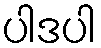
ပါဒပါ